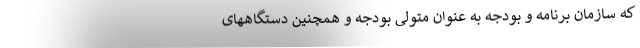
که سازمان برنامه و بودجه به عنوان متولی بودجه و همچنین دستگاههای